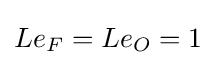
Le_{F}=Le_{O}=1